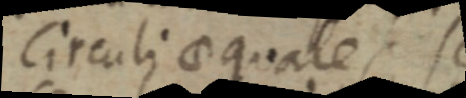
circuli equales se